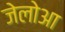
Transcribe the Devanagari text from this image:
जेलोआ